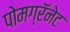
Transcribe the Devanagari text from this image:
पोमग्रॅनेट